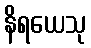
နိရယေသု